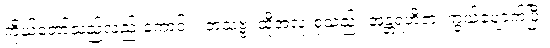
ကိုယ်တော်သည်လည်းကောင်း။ တံသဗ္ဗံ၊ ထိုအလုံးစုံသည်။ အန္တရဟိတံ၊ ကွယ်ပျောက်ပြီ။